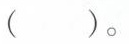
( )。